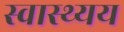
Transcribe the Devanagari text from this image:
स्वास्थ्यय